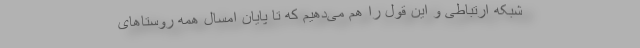
شبکه ارتباطی و این قول را هم می‌دهیم که تا پایان امسال همه روستاهای